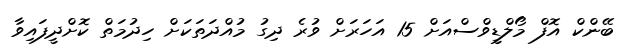
ބޭންކް އޮފް މޯލްޑީވްސްއަށް 15 އަހަރަށް ވުރެ ދިގު މުއްދަތަކަށް ހިދުމަތް ކޮށްދީފައިވާ